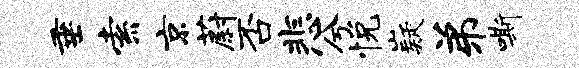
垂索京蔚否悲兮悦嶷弟嘶